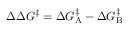
\Delta \Delta G ^ { \ddagger } = \Delta G _ { \mathrm { A } } ^ { \ddagger } - \Delta G _ { \mathrm { B } } ^ { \ddagger }